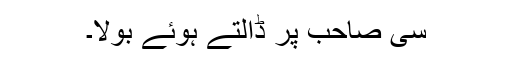
سی صاحب پر ڈالتے ہوئے بولا۔